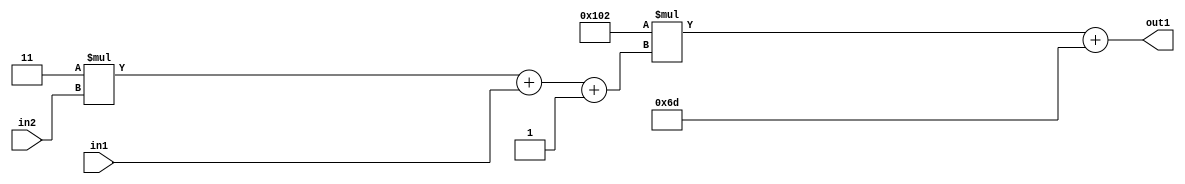
`timescale 1ps / 1ps
/*****************************************************************************
    Verilog RTL Description
    
    
    Created by: Stratus DpOpt 2019.1.01 
*******************************************************************************/

module DC_Filter_Add2i109Mul2i258Add3i1u1Mul2i3u2_4 (
	in2,
	in1,
	out1
	); /* architecture "behavioural" */ 
input [1:0] in2;
input  in1;
output [11:0] out1;
wire [11:0] asc001;
wire [3:0] asc002;

wire [3:0] asc002_tmp_0;
wire [3:0] asc002_tmp_1;
assign asc002_tmp_1 = 
	+(4'B0011 * in2);
assign asc002_tmp_0 = asc002_tmp_1
	+(in1);
assign asc002 = asc002_tmp_0
	+(4'B0001);

wire [11:0] asc001_tmp_2;
assign asc001_tmp_2 = 
	+(12'B000100000010 * asc002);
assign asc001 = asc001_tmp_2
	+(12'B000001101101);

assign out1 = asc001;
endmodule

/* CADENCE  vrP5SAo= : u9/ySgnWtBlWxVPRXgAZ4Og= ** DO NOT EDIT THIS LINE ******/